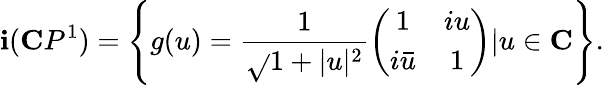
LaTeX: \mathbf{i}(\mathbf{{C}}P^{1})=\left\{ g(u)=\frac{{1}}{{\sqrt{}{{1+|u|^{2}}}}}\left(\begin{array}{cc}{{1}}&{{iu}}\\ {{i\bar{u}}}&{{1}}\end{array}\right)|u\in\mathbf{{C}}\right\} .